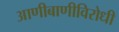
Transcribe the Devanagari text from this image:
आणीबाणीविरोधी